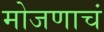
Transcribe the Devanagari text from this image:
मोजणाचं